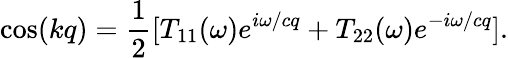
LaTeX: \cos(kq)=\frac{1}{2}[T_{11}(\omega)e^{i\omega/cq}+T_{22}(\omega)e^{-i\omega/cq}].